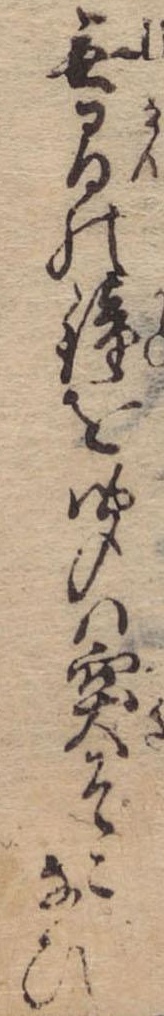
無間の鐘を聞は突そこなひ